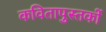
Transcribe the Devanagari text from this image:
कवितापुस्तकों